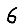
Digit: 6